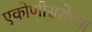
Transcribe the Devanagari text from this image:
एकोणीसशेच्या